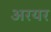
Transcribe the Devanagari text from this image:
अरयर